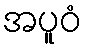
အပူဝံ